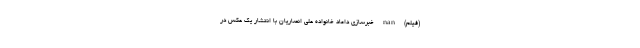
(فیلم) nan خبرسازی داماد خانواده علی انصاریان با انتشار یک عکس در